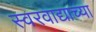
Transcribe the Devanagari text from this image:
स्वरवाद्याच्या